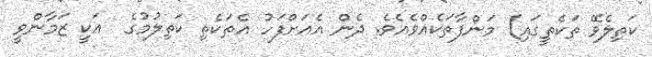
ކަތިލެވޭ ތަކެތީގައި) މަންފާތަކެއްވެއެވެ. ދެން އެއަށްފަހު އެތަކެތި ކަތިލުމުގެ  އަކީ ޒަމާންވީ